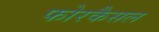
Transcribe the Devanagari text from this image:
फोरकैसल